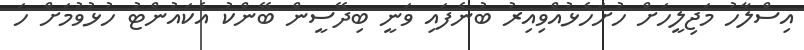
އިސްލާހު މަޖިލީހަށް ހުށަހެޅުއްވިއިރު ބުނެފައި ވަނީ ބިދޭސީން ބޭންކު އެކައުންޓު ހުޅުވުމަށް ހަ